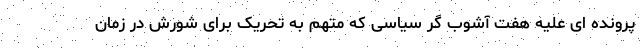
پرونده ای علیه هفت آشوب گر سیاسی که متهم به تحریک برای شورش در زمان